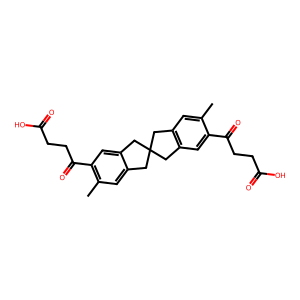
SMILES: Cc1cc2c(cc1C(=O)CCC(=O)O)CC1(C2)Cc2cc(C)c(C(=O)CCC(=O)O)cc2C1
Inhibits HIV replication: No